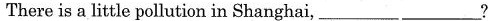
There is a little pollution in Shanghai,___ ___?